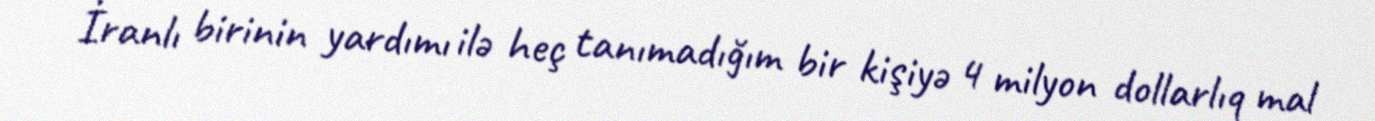
İranlı birinin yardımı ilə heç tanımadığım bir kişiyə 4 milyon dollarlıq mal